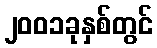
၂၀၀၁ခုနှစ်တွင်